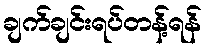
ချက်ချင်းရပ်တန့်ရန်